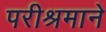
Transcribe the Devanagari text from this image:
परीश्रमाने